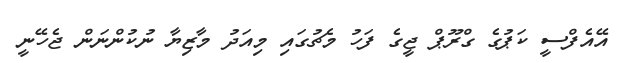
އޭއެފްސީ ކަޕުގެ ގްރޫޕް ޖީގެ ފަހު މެޗުގައި މިއަދު މާޒިޔާ ނުކުންނަން ޖެހޭނީ